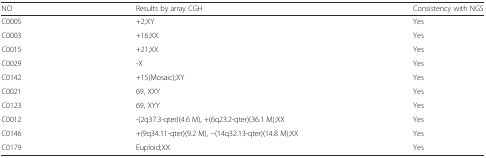
| NO | Results by array CGH | Consistency with NGS |
 | --- | --- | --- |
 | C0005 | +2;XY | Yes |
 | C0003 | +16;XX | Yes |
 | C0015 | +21;XX | Yes |
 | C0029 | -X | Yes |
 | C0142 | +15(Mosaic);XY | Yes |
 | C0021 | 69, XXY | Yes |
 | C0123 | 69, XYY | Yes |
 | C0012 | -(2q37.3-qter)(4.6 M), +(6q23.2-qter)(36.1 M);XX | Yes |
 | C0146 | +(9q34.11-qter)(9.2 M), −(14q32.13-qter)(14.8 M);XX | Yes |
 | C0179 | Euploid;XX | Yes |